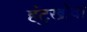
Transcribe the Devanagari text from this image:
हंटुखोवा